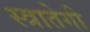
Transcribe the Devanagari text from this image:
स्त्रातेगी